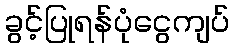
ခွင့်ပြုရန်ပုံငွေကျပ်